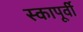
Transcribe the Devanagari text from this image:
स्कापूर्वी